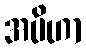
အပိဟာ